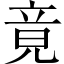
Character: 竟